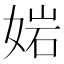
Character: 㛧